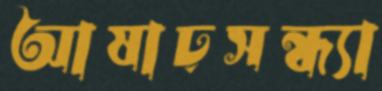
আষাঢ়সন্ধ্যা